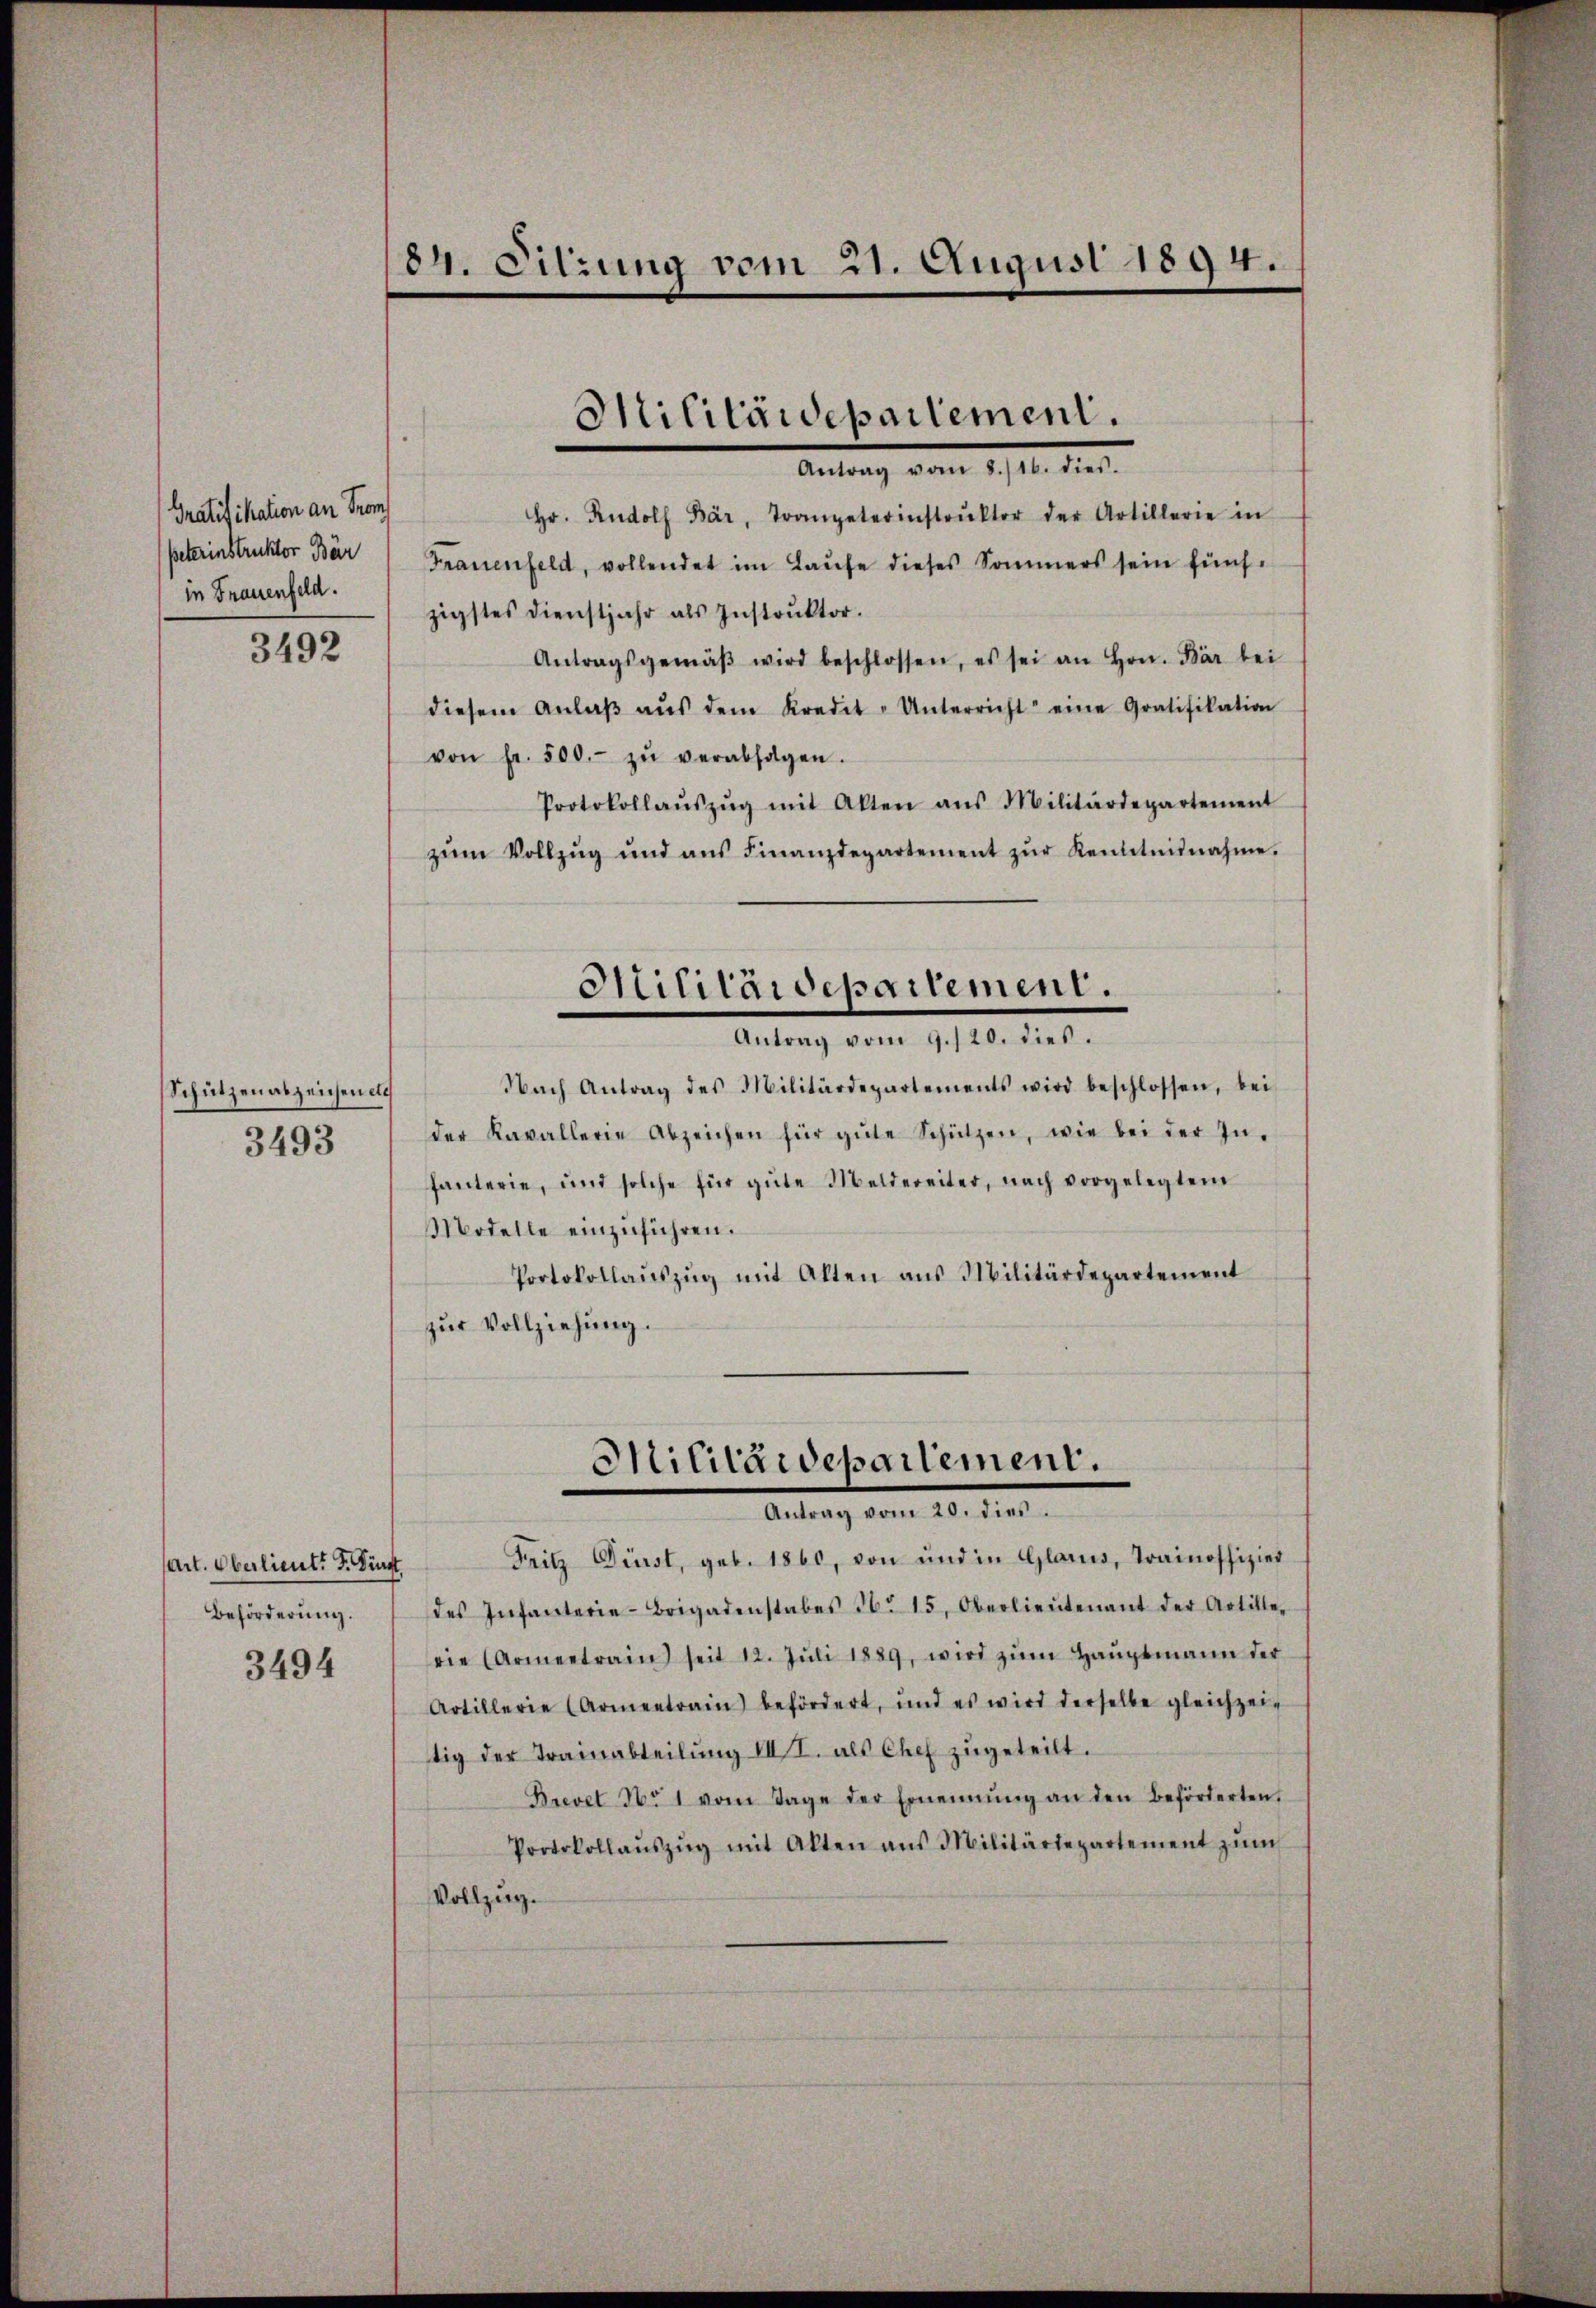
Gratifikation an Prom
peterinstruktor Bär
in Frauenfeld.

3492

Schützen abzeichen etc
3493

(art. Oberlieut. F. Fürst
Beförderung.

3494

84. Sitzung vom 21. August 1894.

Hr. Rudolf Bär, Trompeterinstrŭktor der Artillerie in
Frauenfeld, vollendet im Laŭfe dieses Sommers sein fünf-
zigstes dienstjahr als Instrŭktor.
Antragsgemäβ wird beschlossen, es sei an Hrn. Bär bei
diesem Anlaβ aŭs dem Kredit-Unterricht eine Gratifikation
von Fr. 500.- zŭ verabfolgen.
Protokollaŭszŭg mit Akten ans Militärdepartement
zŭm Vollzŭg und ans Finanzdepartement zŭr Kenntnisnahme.
Militärdepartement.
autung vom 19. 20. dies
Nach Antrag des Militärdepartements wird beschlossen, bei
der Kavallerie Abzeichen für gŭte Schützen, wie bei der In-
fanterie, und solche für gute Meldereiter, nach vorgelegtem
Modelle einzuführen.
Portokollaŭszŭg mit Alten aus Militärdepartement
zur Vollziehung.

des Infanterie-Brigadenstabes 16. 15. Oberlieŭtenant der Artille-
rie (Armentrain seit 12. Jŭli 1889, wird zŭm Haŭptmann der
Artillerie (Armentrain befördert, und es wird derselbe gleichzei
tig der Trainabteilŭng III. als Chef zŭgeteilt.
Brevet No 1 vom Tage der Ernennung an den Beförderten,
Protokollaŭszŭg mit Akten aus Militärtepartement zŭm
Vollzug.

Militärdepartement.
Antrag vom 1. 10. die

Militärdepartement.
.
Fritz Fürst, geb. 1860, von und in Glarus, Trainoffizier